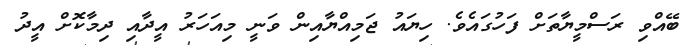
ބޭއްވި ރަސްމީޔާތަށް ފަހުގައެވެ. ހިޔައު ޖަމިއްޔާއިން ވަނީ މިއަހަރު އީދާއި ދިމާކޮށް އީދު